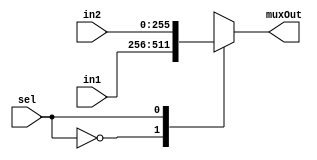
module mux2to1_256b(input [255:0] in1,input [255:0] in2, input sel,output reg [255:0] muxOut);
  always@(in1,in2,sel)
  case(sel)
    1'b0: muxOut=in1;
    1'b1: muxOut=in2;
  endcase
endmodule